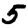
Digit: 5